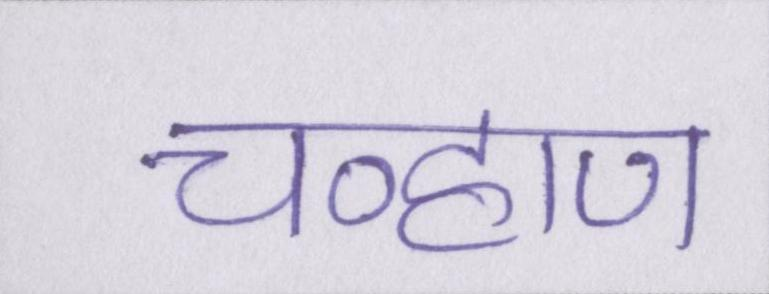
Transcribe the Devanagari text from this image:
चव्हाण